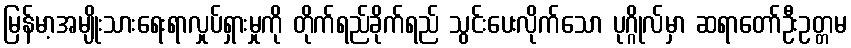
မြန်မာ့အမျိုးသားရေးရာလှုပ်ရှားမှုကို တိုက်ရည်ခိုက်ရည် သွင်းပေးလိုက်သော ပုဂ္ဂိုလ်မှာ ဆရာတော်ဦးဥတ္တမ